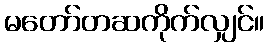
မတော်တဆကိုက်လျှင်။